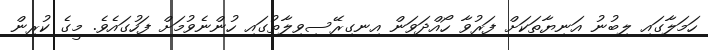
ހަމަލާގައި ލިބުނު އަނިޔާތަކަށް ފަރުވާ ހޯއްދަވަން އިނގިރޭސިވިލާތުގައި ހުންނެވުމަށް ފަހުގައެވެ. މީގެ ކުރިން